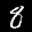
Digit: 8